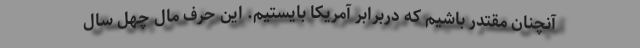
آنچنان مقتدر باشیم که دربرابر آمریکا بایستیم. این حرف مال چهل سال